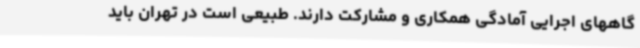
گاههای اجرایی آمادگی همکاری و مشارکت دارند. طبیعی است در تهران باید